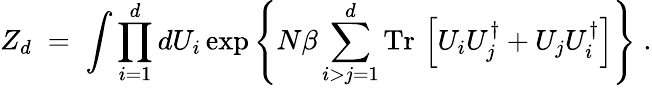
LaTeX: Z_{d}\; =\; \int\prod_{i=1}^{d}dU_{i}\exp\left\{ N\beta\sum_{i>j=1}^{d}\mathrm{Tr}\, \left[U_{i}U_{j}^{\dagger}+U_{j}U_{i}^{\dagger}\right]\right\} \; .